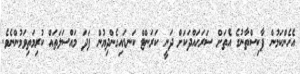
އެހެންކަމުން ޕާކިސްތާނުގެ އެތަށް ސަރަހައްދަކަށް ދަނީ ކަރަންޓް ކަނޑައިގެންދިޔުން ފަދަ މައްސަލަތައް ކުރިމަތިވަމުންނެވެ.